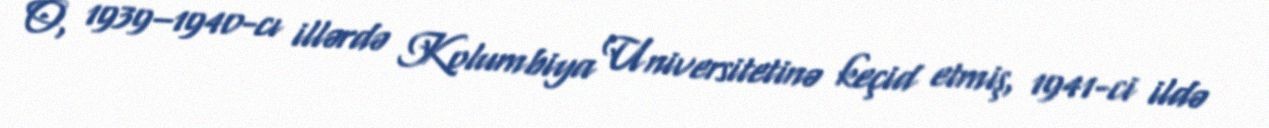
O, 1939–1940-cı illərdə Kolumbiya Universitetinə keçid etmiş, 1941-ci ildə